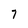
Character: 7